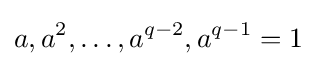
a,a^{2},\ldots ,a^{q-2},a^{q-1}=1